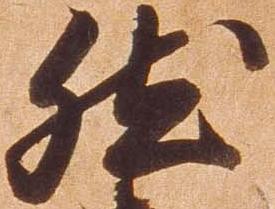
然